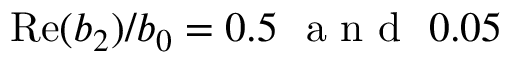
\mathrm { R e } ( b _ { 2 } ) / b _ { 0 } = 0 . 5 \ \mathrm { ~ a ~ n ~ d ~ } \ 0 . 0 5